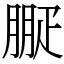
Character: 㽰